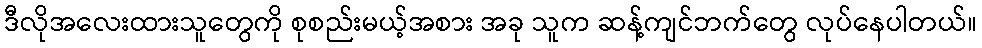
ဒီလိုအလေးထားသူတွေကို စုစည်းမယ့်အစား အခု သူက ဆန့်ကျင်ဘက်တွေ လုပ်နေပါတယ်။